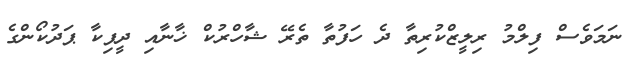
ނަމަވެސް ފިލްމު ރިލީޒްކުރިތާ ދެ ހަފުތާ ތެރޭ ޝާހްރުކް ޚާނާއި ދީޕިކާ ޕަދުކޯންގެ